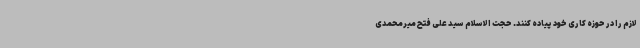
لازم را در حوزه کاری خود پیاده کنند. حجت الاسلام سید علی فتح میرمحمدی